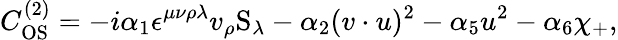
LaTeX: C_{\mathrm{OS}}^{(2)}=-i\alpha_{1}\epsilon^{\mu\nu\rho\lambda}v_{\rho}\mathrm{S}_{\lambda}-\alpha_{2}(v\cdot u)^{2}-\alpha_{5}u^{2}-\alpha_{6}\chi_{+},